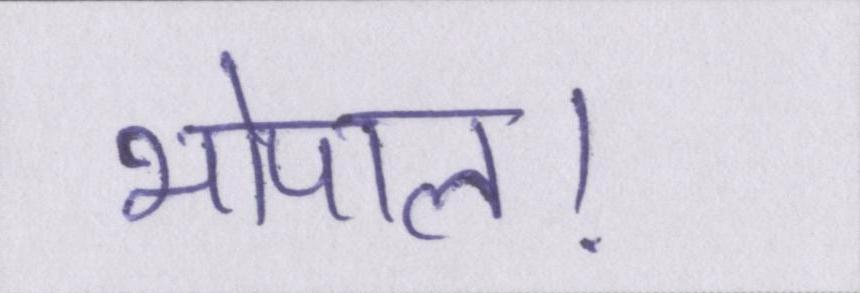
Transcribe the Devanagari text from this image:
भोपाल।